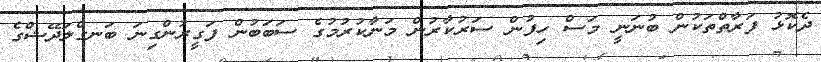
ދެކޮޅު ފަރާތްތަކުން ބުނަނީ މަސް ހިފުން ސަރުކާރުން މަނާކުރުމުގެ ސަބަބުން ފަގީރުންގިނަ ބަނގްލަދޭޝްގެ